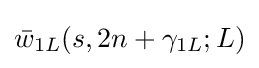
{\bar {w}}_{1L}(s,2n+\gamma _{1L};L)